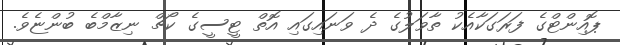
ޕޮއިންޓްގެ ފަރަގަކާއެކު ތާވަލުގެ ދެ ވަނައިގައި އޮތް ޓީސީގެ ކޯޗް ނިޒާމްބެ ބުންޏެވެ.